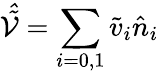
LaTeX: \mathcal{\hat{\tilde{V}}}=\sum_{i=0,1}\tilde{v}_{i}\hat{n}_{i}